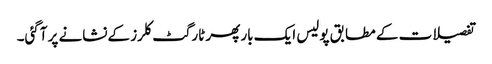
تفصیلات کے مطابق پولیس ایک بار پھر ٹارگٹ کلرز کےنشانے پر آگئی۔